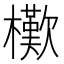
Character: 𣞔